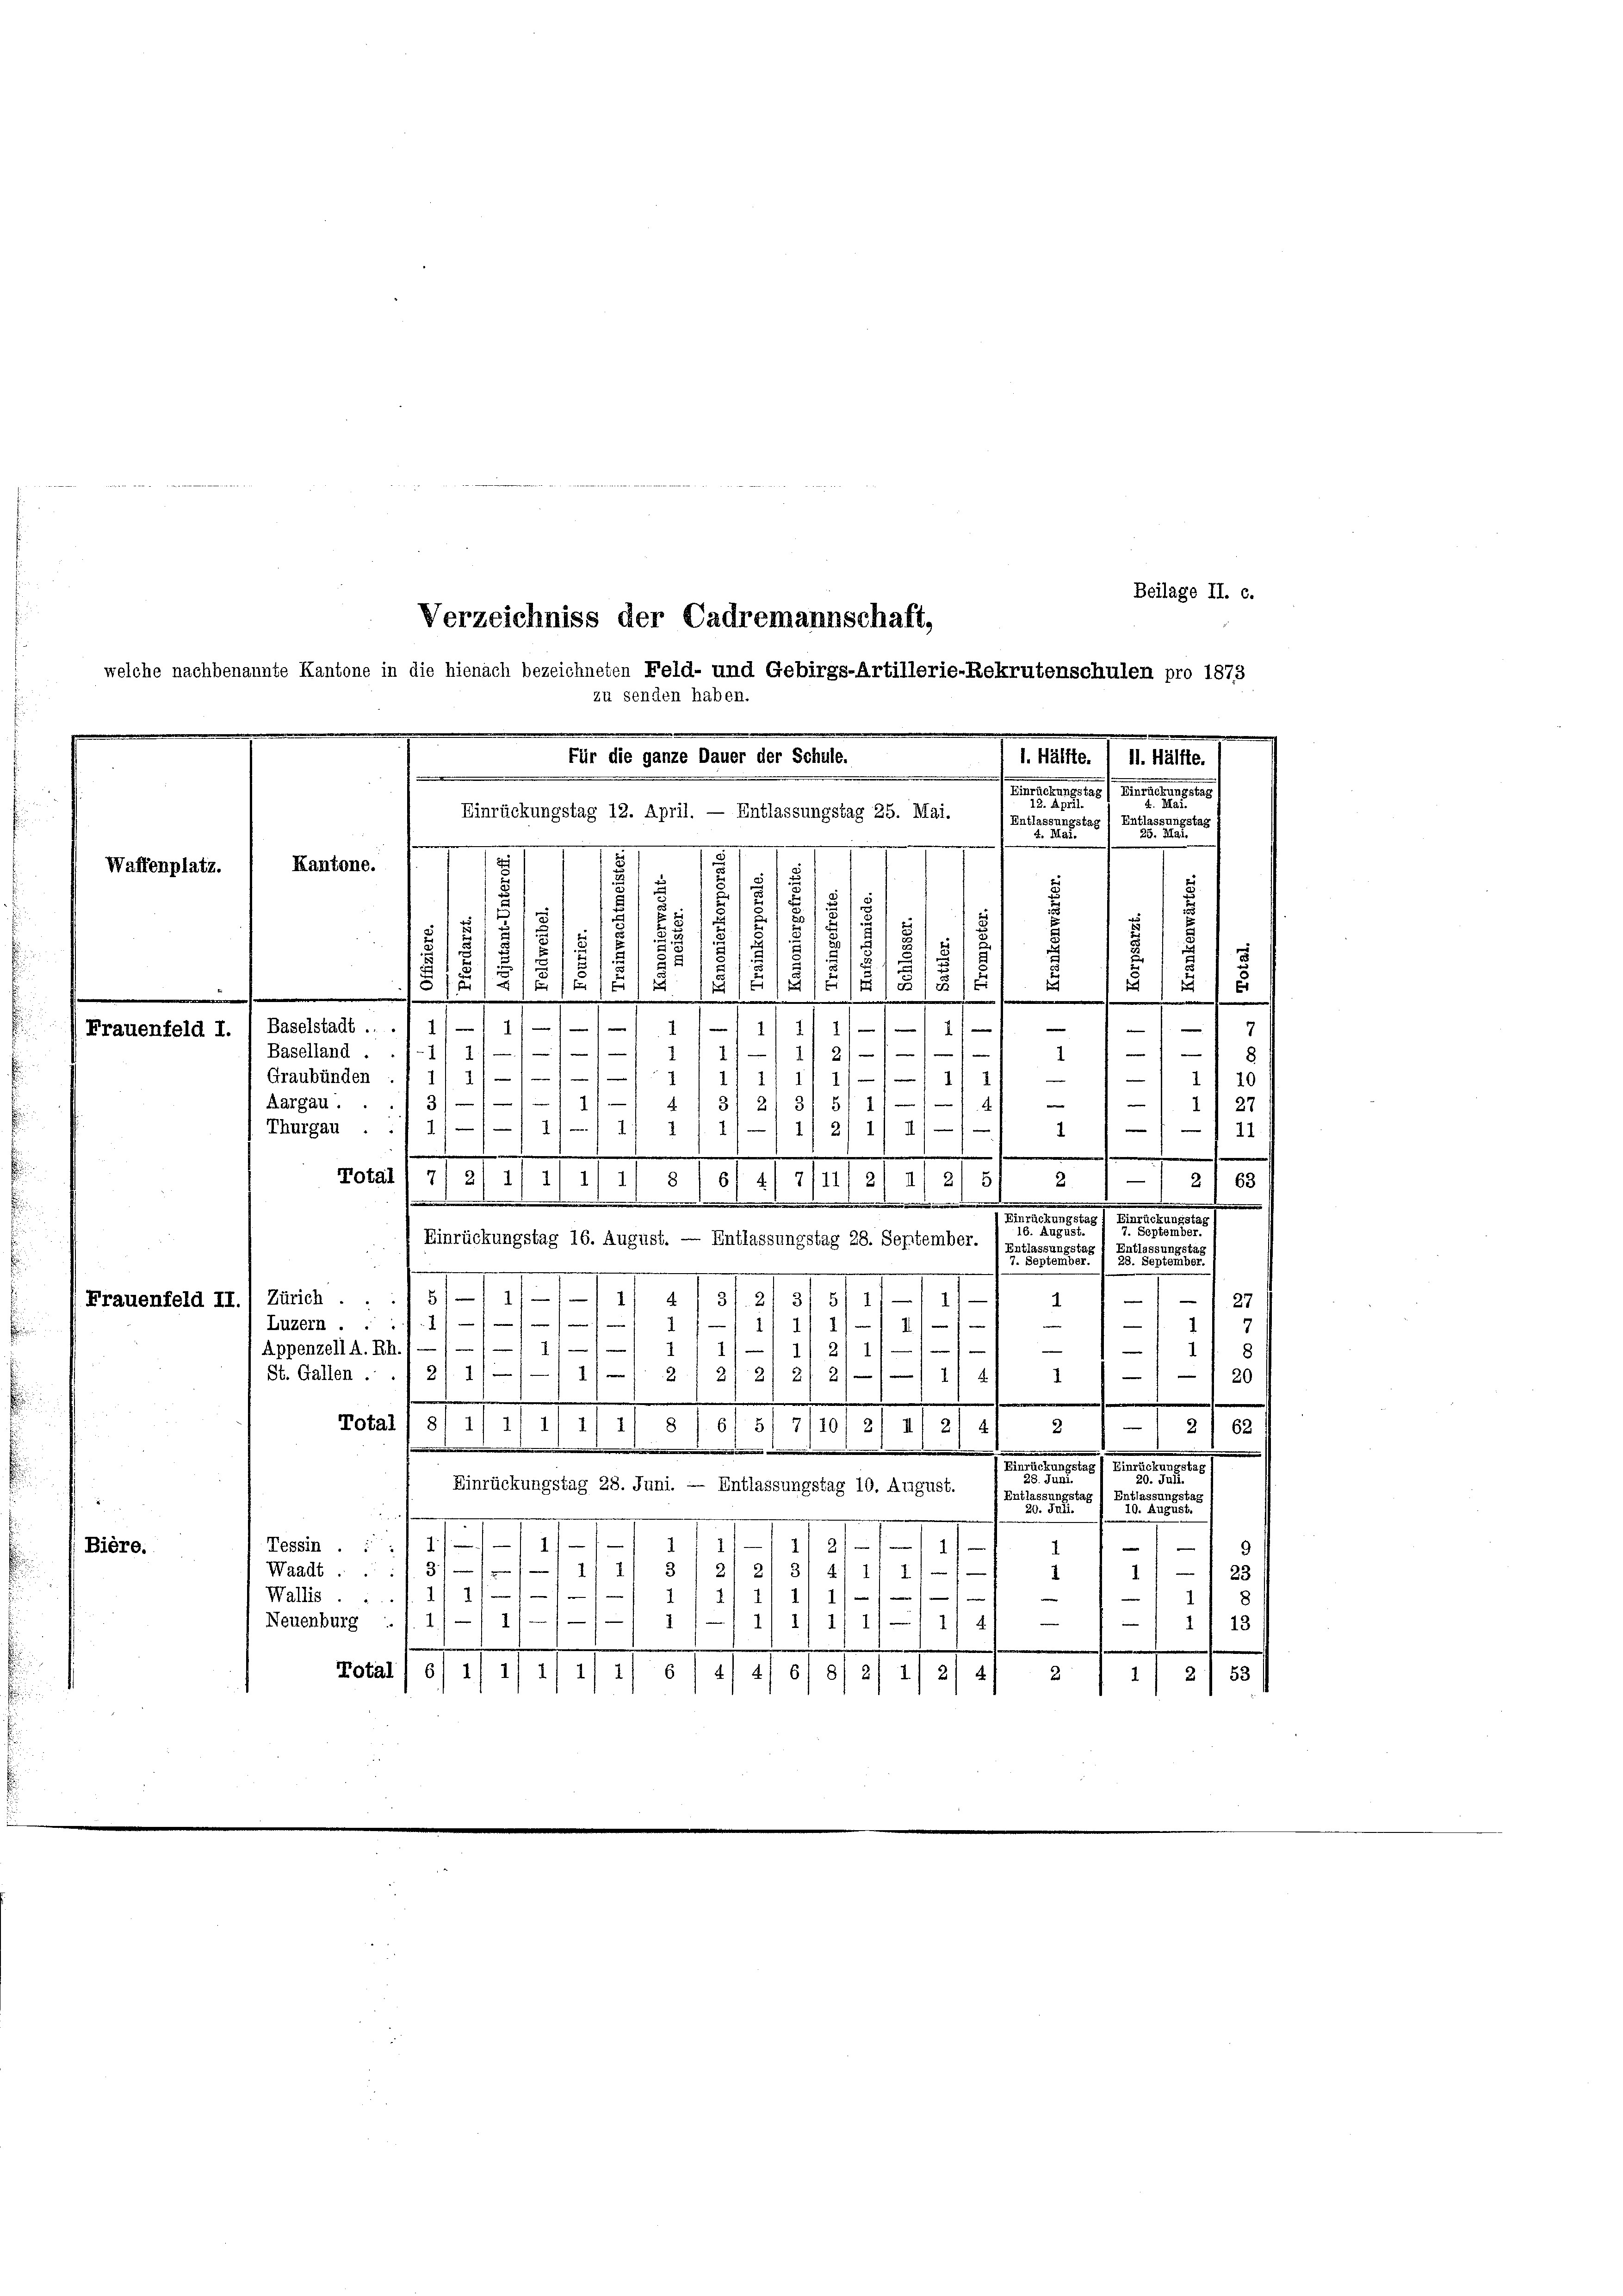
f
e
1
Kantone.
Waffenplatz.
.
11
n
12/
Frauenfeld I. / Baselstadt ...)

/11 2/11
2
Baselland.

Beilage II. c.
Verzeichniss der Cadremannschaft,
welche nachbenannte Kantone in die hienach bezeichneten Feld- und Gebirgs-Artillerie-Rekrutenschulen pro 1873
zu senden haben.

Bière.

Frauenfeld II.) Zürich . .

.
e
2
e
m
1/11 1/
.
Graubünden
11 1
—
e
e
3/
.
1
81 21 3/ 51 1/
Aargau.
1) 27
4. f
1
1
II)
1)
Thurgau.
/
111.
41—11/2/1
1
.

Total 1 71 2/ 1/ 11 11 1) s / ef 41 7/11/ 21 al 2/ 51
—121 63
5
.
.

.
Fennen
Einrückungstaf
15. August
d.
Einrückungstag 16. August. — Entlassungstag 28. September.
22
.
B
5/11
4.1.
5
27
1)
2/3f 2/3
)
1

.
e
Luzern . .
1
1
111// 1/
a
.
—
1/11/11
—
) Appenzell A. Rh.) —
1
1
2
120
21. 11
111 22/2/ 2/2/1
St. Gallen.
1/4
1
.
.
6/517/10
Total 1 8/ 1/1 11 1/ 1/ 8
21 62
e
5
I) 2/4/
2
i
.
Heeresserer Generalien eines
n
Juli.
Einrückungstag 28. Juni. — Entlassungstag 10. August.
f Entlassungstag
Entlassungsta
30. Jan. 10. 1

1
n
1
1/2/17
Tessin . . 1
1.
9
3
21 2
1) — 23
Waadt . . . 3
1)
41 1/2

2
.
11 1
Wallis

8
e
1
.
j
1/22

e
Neuenburg 1. 1.
111/ 1/1 11 4
1
13
.
Total) 6/ 1/ 1) i/ 1) i) 6/4 41 6/ 8/ 2/ 1) 2) 4)
3
1/2/55

Für die ganze Dauer der Schule.
1. Hälfte. I 11. Hälfte.
Freeser auf Fun
n
13. 2
Einrückungstag 12. April. — Entlassungstag 25. Mai.
stag
Ent
8/

.
.
.
e
280
13
.
t
i
5
515
1
n
an
f
d
.
1
e
.
5
d
.
5
.
f
e
s
11/11